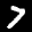
Label: 7